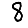
Digit: 8